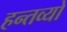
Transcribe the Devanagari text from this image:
हन्तव्यो